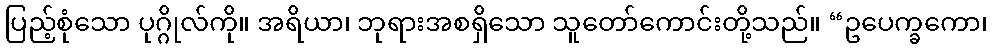
ပြည့်စုံသော ပုဂ္ဂိုလ်ကို။ အရိယာ၊ ဘုရားအစရှိသော သူတော်ကောင်းတို့သည်။ “ဥပေက္ခကော၊